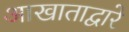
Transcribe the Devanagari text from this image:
आखाताद्वारे